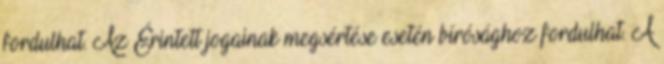
fordulhat. Az Érintett jogainak megsértése esetén bírósághoz fordulhat. A